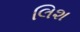
લિશ